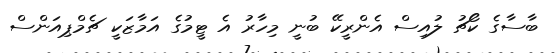
ބާސާގެ ކޯޗު ލުއިސް އެންރީކޭ ބުނީ މިހާރު އެ ޓީމުގެ އަމާޒަކީ ޗެމްޕިއަންސް